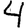
Digit: 4